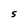
Character: S